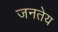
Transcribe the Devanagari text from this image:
जनतेय